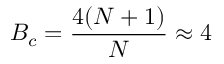
B _ { c } = \frac { 4 ( N + 1 ) } { N } \approx 4